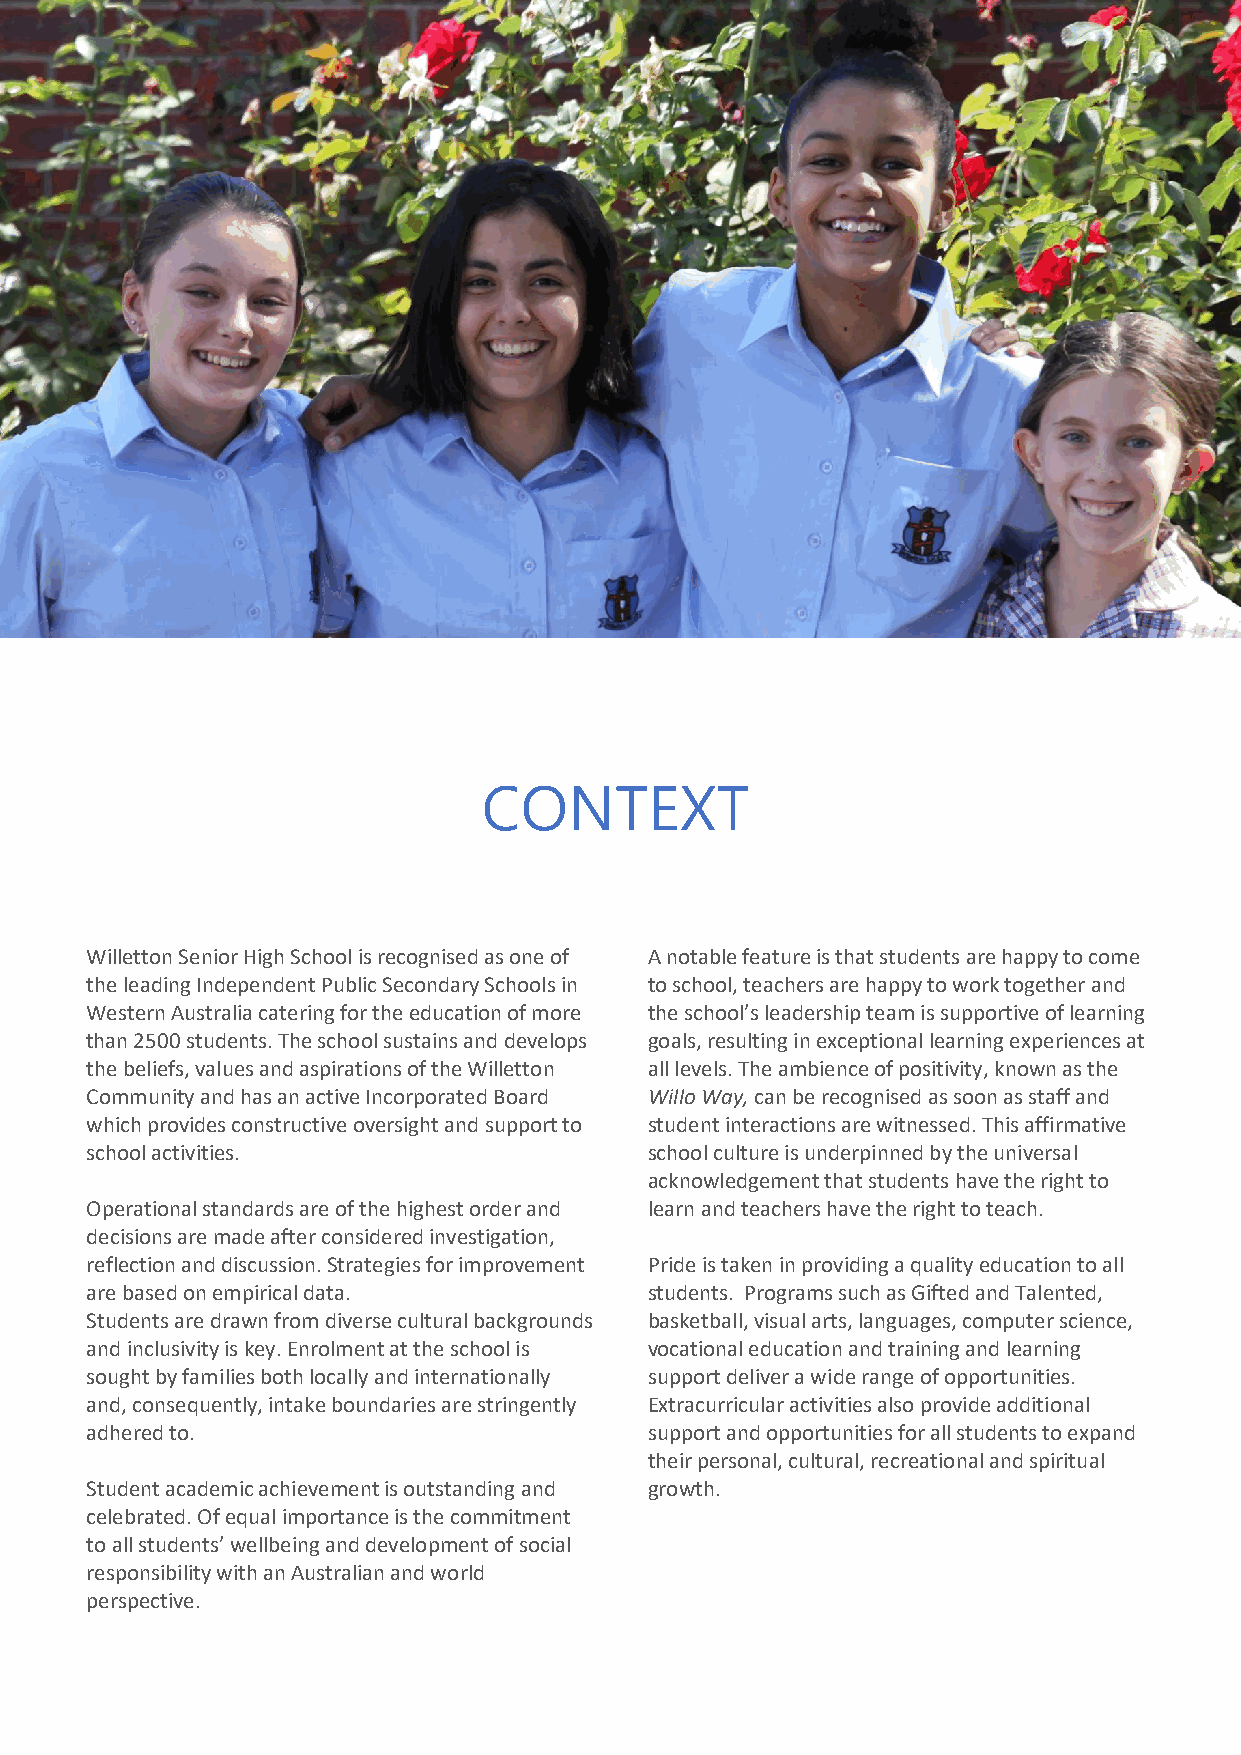
CONTEXT
 Willetton Senior High School is recognised as one of A notable feature is that students are happy to come
 the leading Independent Public Secondary Schools in to school, teachers are happy to work together and
 Western Australia catering for the education of more the school’s leadership team is supportive of learning
 than 2500 students. The school sustains and develops goals, resulting in exceptional learning experiences at
 the beliefs, values and aspirations of the Willetton all levels. The ambience of positivity, known as the
 Community and has an active Incorporated Board Willo Way, can be recognised as soon as staff and
 which provides constructive oversight and support to student interactions are witnessed. This affirmative
 school activities.                   school culture is underpinned by the universal
 acknowledgement that students have the right to
 Operational standards are of the highest order and learn and teachers have the right to teach.
 decisions are made after considered investigation,
 reflection and discussion. Strategies for improvement Pride is taken in providing a quality education to all
 are based on empirical data.         students. Programs such as Gifted and Talented,
 Students are drawn from diverse cultural backgrounds basketball, visual arts, languages, computer science,
 and inclusivity is key. Enrolment at the school is vocational education and training and learning
 sought by families both locally and internationally support deliver a wide range of opportunities.
 and, consequently, intake boundaries are stringently Extracurricular activities also provide additional
 adhered to.                          support and opportunities for all students to expand
 their personal, cultural, recreational and spiritual
 Student academic achievement is outstanding and growth.
 celebrated. Of equal importance is the commitment
 to all students’ wellbeing and development of social
 responsibility with an Australian and world
 perspective.